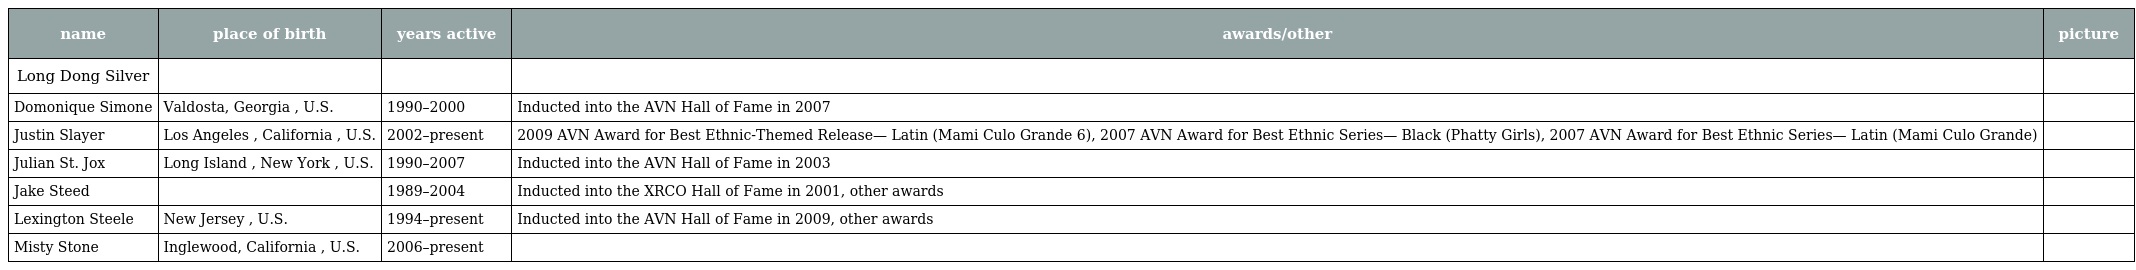
| name | place of birth | years active | awards/other | picture |
 | --- | --- | --- | --- | --- |
 | Long Dong Silver |  |  |  |  |
 | Domonique Simone | Valdosta, Georgia , U.S. | 1990–2000 | Inducted into the AVN Hall of Fame in 2007 |  |
 | Justin Slayer | Los Angeles , California , U.S. | 2002–present | 2009 AVN Award for Best Ethnic-Themed Release— Latin (Mami Culo Grande 6), 2007 AVN Award for Best Ethnic Series— Black (Phatty Girls), 2007 AVN Award for Best Ethnic Series— Latin (Mami Culo Grande) |  |
 | Julian St. Jox | Long Island , New York , U.S. | 1990–2007 | Inducted into the AVN Hall of Fame in 2003 |  |
 | Jake Steed |  | 1989–2004 | Inducted into the XRCO Hall of Fame in 2001, other awards |  |
 | Lexington Steele | New Jersey , U.S. | 1994–present | Inducted into the AVN Hall of Fame in 2009, other awards |  |
 | Misty Stone | Inglewood, California , U.S. | 2006–present |  |  |